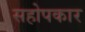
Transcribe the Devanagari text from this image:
सहोपकार